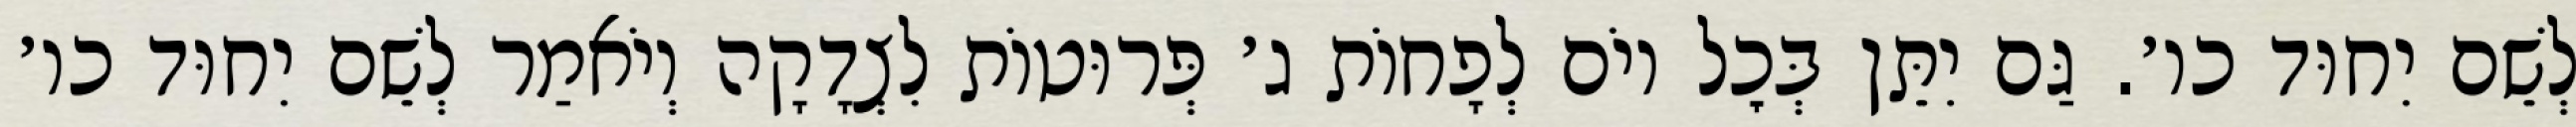
לְשֵׁם יִחוּד כו׳. גַּם יִתֵּן בְּכׇל יוֹם לְפָחוֹת ג׳ פְּרוּטוֹת לִצְדָקָה וְיֹאמַר לְשֵׁם יִחוּד כו׳